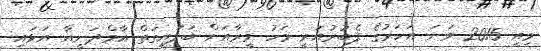
މިއީ 2015 ވަނަ އަހަރުގެ ފެބުރުއަރީ މަހު މީރާއަށް ބަލައިގަތް އާމްދަނީއާ އަޅައި